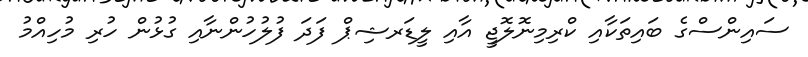
ސައިންސްގެ ބައިތަކާއި ކްރިމިނޮލޮޖީ އާއި ލީޑަރޝިޕް ފަދަ ފުލުހުންނާއި ގުޅުން ހުރި މުހިއްމު